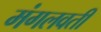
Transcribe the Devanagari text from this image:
मंगलवती